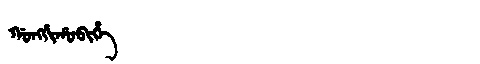
Manchu: ᡤᠣᠩᡤᡳᡥᠣᠪᡳᡥᡝ
Romanization: GONGGIHOBIHE